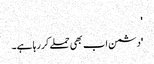
'
'دشمن اب بھی حملے کر رہا ہے۔